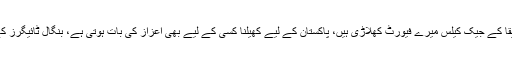
تفصیلات کے مطابق قومی کرکٹر عماد بٹ کا کہنا تھا کہ جنوبی افریقا کے جیک کیلس میرے فیورٹ کھلاڑی ہیں، پاکستان کے لیے کھیلنا کسی کے لیے بھی اعزاز کی بات ہوتی ہے، بنگال ٹائیگرز کے خلاف موقع ملا تو بہترین کارکردگی دکھانے کی کوشش کروں گا۔